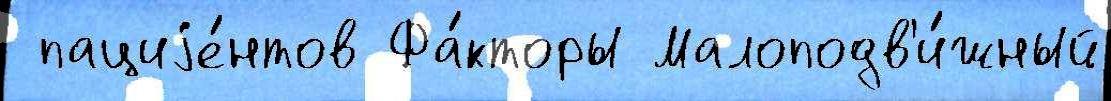
 пациjе́нтов Фа́кторы Малоподв'и́жный